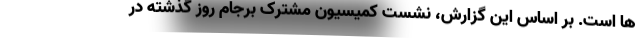
ها است. بر اساس این گزارش، ‌نشست کمیسیون مشترک برجام روز گذشته در